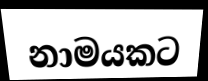
නාමයකට